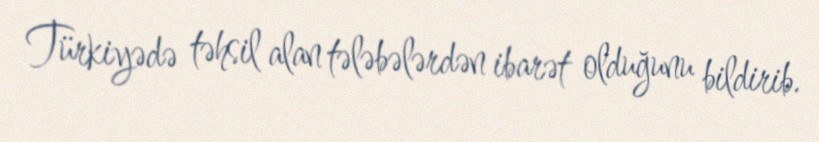
Türkiyədə təhsil alan tələbələrdən ibarət olduğunu bildirib.